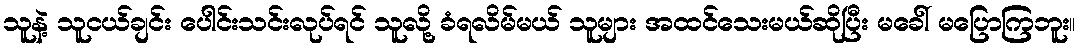
သူနဲ့ သူငယ်ချင်း ပေါင်းသင်းလုပ်ရင် သူလို့ ခံရလိမ်မယ် သူများ အထင်သေးမယ်ဆိုပြီး မခေါ် မပြောကြဘူး။